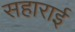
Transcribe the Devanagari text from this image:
सहाराई